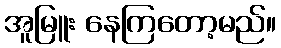
အူမြူး နေကြတော့မည်။